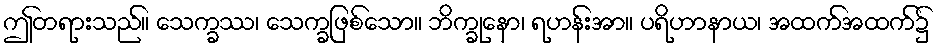
ဤတရားသည်။ သေက္ခဿ၊ သေက္ခဖြစ်သော။ ဘိက္ခုနော၊ ရဟန်းအာ။ ပရိဟာနာယ၊ အထက်အထက်၌